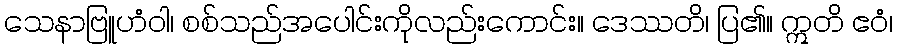
သေနာဗြူဟံဝါ၊ စစ်သည်အပေါင်းကိုလည်းကောင်း။ ဒေဿတိ၊ ပြ၏။ ဣတိ ဧဝံ၊